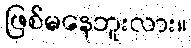
ဖြစ်မနေဘူးလား။